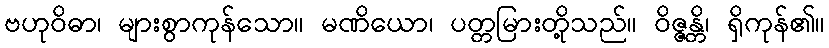
ဗဟုဝိဓာ၊ များစွာကုန်သော။ မဏိယော၊ ပတ္တမြားတို့သည်။ ဝိဇ္ဇန္တိ၊ ရှိကုန်၏။